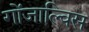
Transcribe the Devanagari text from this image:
गोंजाल्विस